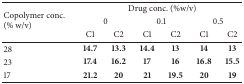
| <ROWSPAN=3> Copolymer conc. (% w/v) | <COLSPAN=6> Drug conc. (%w/v) |
 | <COLSPAN=2> 0 | <COLSPAN=2> 0.1 | <COLSPAN=2> 0.5 |
 | C1 | C2 | C1 | C2 | C1 | C2 |
 | --- | --- | --- | --- | --- | --- | --- |
 | 28 | 14.7 | 13.3 | 14.4 | 13 | 14 | 13 |
 | 23 | 17.4 | 16.2 | 17 | 16 | 16.8 | 15.5 |
 | 17 | 21.2 | 20 | 21 | 19.5 | 20 | 19 |